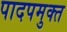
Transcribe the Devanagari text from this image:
पादपमुक्त